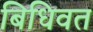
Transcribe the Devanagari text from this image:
बिधिवत